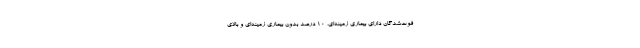
فوت‌شدگان دارای بیماری زمینه‌ای، ۱۰ درصد بدون بیماری زمینه‌ای و بالای